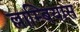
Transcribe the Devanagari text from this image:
ल्लाम्बियास